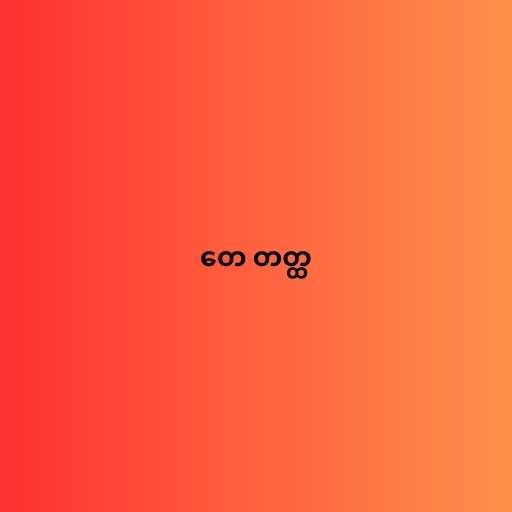
တေ တတ္ထ